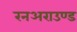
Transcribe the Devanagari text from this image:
रनअराउण्ड